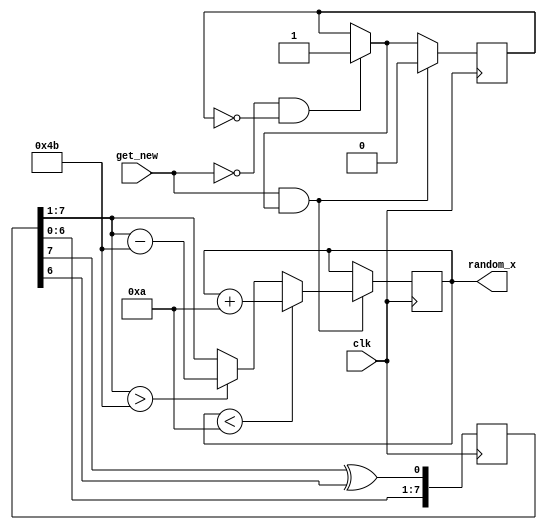
`timescale 1ns / 1ps
//////////////////////////////////////////////////////////////////////////////////
// Company: 
// Engineer: 
// 
// Design Name: 
// Module Name: random_x_generator
// Project Name: 
// Target Devices: 
// Tool Versions: 
// Description: 
// 
// Dependencies: 
// 
// Revision:
// Revision 0.01 - File Created
// Additional Comments:
// 
//////////////////////////////////////////////////////////////////////////////////


module random_x_generator3(
    input clk,
    input get_new, // when get_new flag is 1, obtain new number
    output reg [6:0] random_x // 7 bits to cover up to 128,
    );
    
    reg [7:0] lfsr_reg; // Keep the LFSR as 8-bit for good sequence properties
    
    initial begin
        lfsr_reg <= 8'b0001_1011; // 0 -> 42 -> 34
    end
    
    reg [31:0] generate_random_counter = 1;
    reg generate_new = 1;
    always @(posedge clk) begin
        if (get_new == 0 && generate_new == 0) generate_new = 1;
        
        // Shift left by one bit and insert the new feedback bit at position 0
        lfsr_reg <= {lfsr_reg[6:0], (lfsr_reg[7] ^ lfsr_reg[6])};   
        if (get_new && generate_new) begin 
            generate_new = 0; // stop generating new number
            // Scale the output to be within 0-80
            // This simple scaling works by taking the upper 7 bits, which gives a range of 0-127
            // Then, if the number is above 80s, we subtract 80 until it's within the range
            if (lfsr_reg[7:1] > 75) begin
                random_x <= lfsr_reg[7:1] - 75; // Adjust if the value is above 80
            end else begin
                random_x <= lfsr_reg[7:1]; // Directly use the value if it's 80 or below
            end
            
            if (random_x < 10) random_x <= random_x + 10;
        end 
    end

endmodule